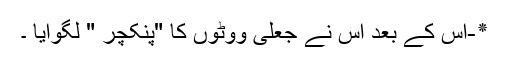
٭-اُس کے بعد اُس نے جعلی ووٹوں کا "پنکچر " لگوایا ۔